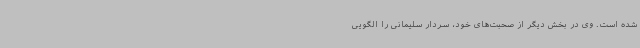
شده است. وی در بخش دیگر از صحبت‌های خود، سردار سلیمانی را الگویی